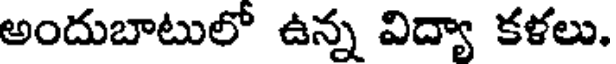
అందుబాటులో ఉన్న విద్యా కళలు.